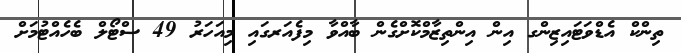
ތިންކް އެޑްވަޓައިޒިންގ އިން އިންތިޒާމްކޮށްގެން ބާއްވާ މިފެއަރގައި މިއަހަރު 49 ސްޓޯލް ބެހެއްޓުމަށް